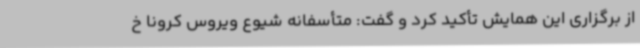
از برگزاری این همایش تأکید کرد و گفت: متأسفانه شیوع ویروس کرونا خ